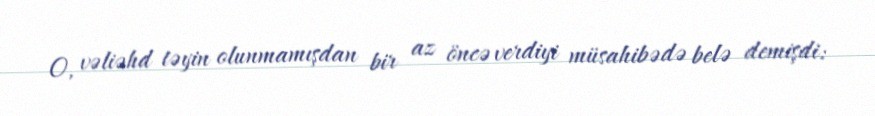
O, vəliəhd təyin olunmamışdan bir az öncə verdiyi müsahibədə belə demişdi: